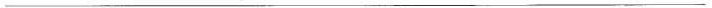
___